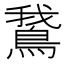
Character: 鵞